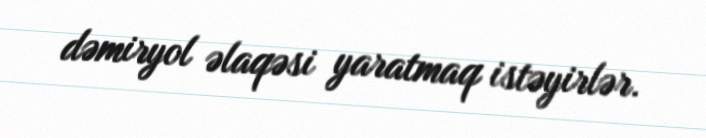
dəmiryol əlaqəsi yaratmaq istəyirlər.